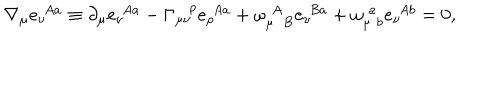
\nabla _ { \mu } e _ { \nu } ^ { \! ~ ~ A a } \equiv \partial _ { \mu } e _ { \nu } ^ { \! ~ ~ A a } - \Gamma _ { \mu \nu } ^ { \rho } e _ { \rho } ^ { \! ~ ~ A a } + \omega _ { \mu ~ ~ B } ^ { \! ~ ~ A } e _ { \nu } ^ { \! ~ ~ B a } + \omega _ { \mu \! ~ ~ b } ^ { \! ~ ~ a } e _ { \nu } ^ { \! ~ ~ A b } = 0 ,